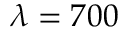
\lambda = 7 0 0